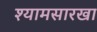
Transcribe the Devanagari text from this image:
श्यामसारखा